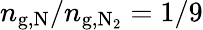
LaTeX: n_{\mathrm{g,N}}/n_{\mathrm{g,N_{2}}}=1/9